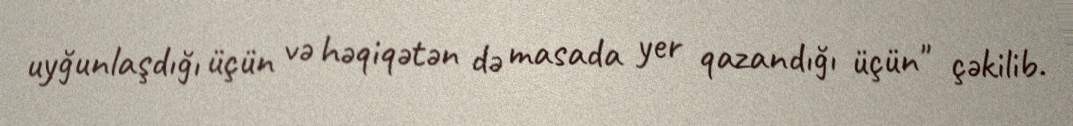
uyğunlaşdığı üçün və həqiqətən də masada yer qazandığı üçün" çəkilib.